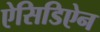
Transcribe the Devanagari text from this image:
ऐसिडिऐन